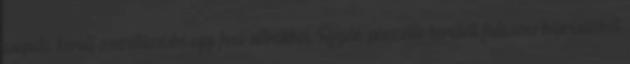
csapata került összetűzésbe egy foci-ultrákból, Rogán-pénzelte kerületi fideszes képviselőből